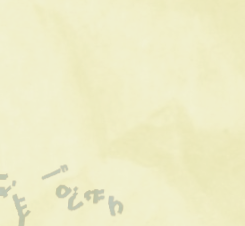
عيادة أسنان السلام: ابتسا